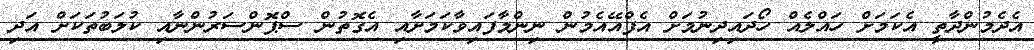
އެދެމުންދާތީ އެކަމަށް ހައްލެއް ހޯދައިދިނުމަށް އެފްއޭއެމުން ނިންމާފައިވާކަމަށާއި އެގޮތުން ސްޕޮންސަރުންނާއި ކުލަބުތަކަށް އަދި